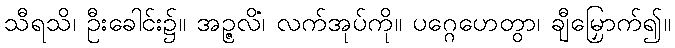
သီရသိ၊ ဦးခေါင်း၌။ အဉ္ဇလိံ၊ လက်အုပ်ကို။ ပဂ္ဂေဟေတွာ၊ ချီမြှောက်၍။